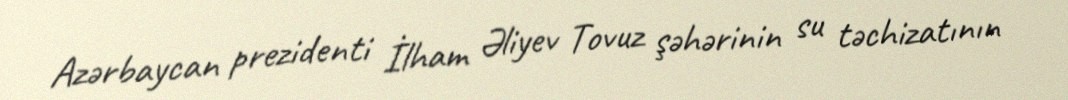
Azərbaycan prezidenti İlham Əliyev Tovuz şəhərinin su təchizatının